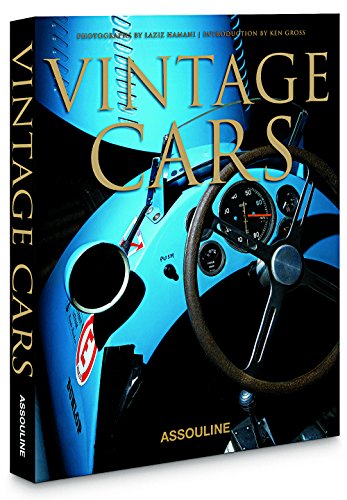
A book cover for Vintage Cars; Engineering & Transportation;